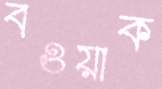
বওয়াক